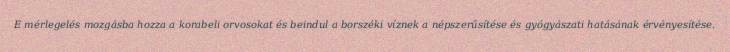
E mérlegelés mozgásba hozza a korabeli orvosokat és beindul a borszéki víznek a népszerűsítése és gyógyászati hatásának érvényesítése.